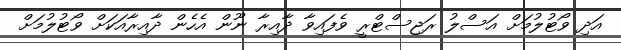
އަދި ވޯޓުލުމަށް އަސްލު ރަޖިސްޓްރީ ވެފައިވާ ދާއިރާ ނޫން އެހެން ދާއިރާއަކަށް ވޯޓުލުމަށް